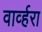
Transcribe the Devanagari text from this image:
वार्व्हरा